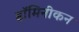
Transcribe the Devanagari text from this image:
डॉमिनीकन